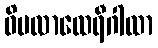
ဝိမလာထေရီဂါထာ